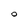
Character: O